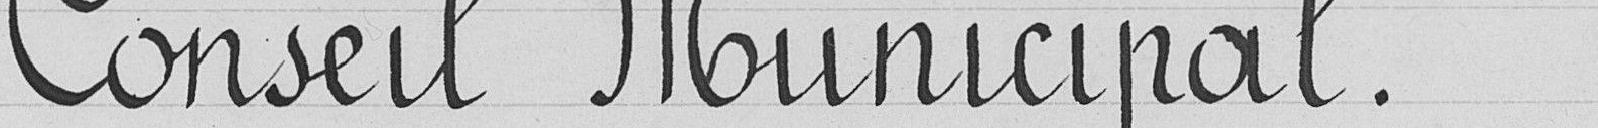
Conseil Municipal